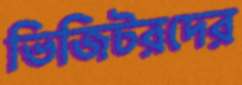
ভিজিটরদের